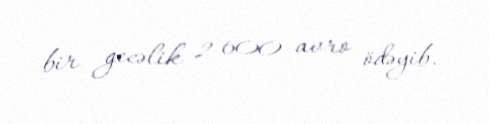
bir gecəlik 2 600 avro ödəyib.